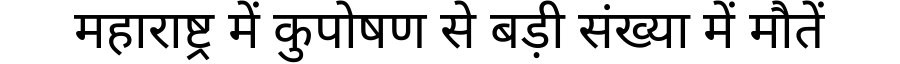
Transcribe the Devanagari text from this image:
महाराष्ट्र में कुपोषण से बड़ी संख्या में मौतें